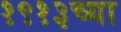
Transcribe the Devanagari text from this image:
१९१३च्या